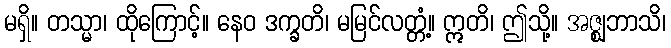
မရှိ။ တသ္မာ၊ ထိုကြောင့်။ နေဝ ဒက္ခတိ၊ မမြင်လတ္တံ့။ ဣတိ၊ ဤသို့။ အဇ္ဈဘာသိ၊